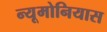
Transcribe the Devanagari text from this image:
न्यूमोनियास